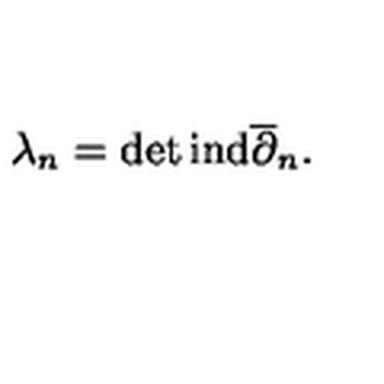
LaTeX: \lambda _ { n } = \det \mathrm { i n d } \overline { \partial } _ { n } .